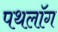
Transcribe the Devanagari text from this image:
पथलॉग